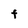
Character: F